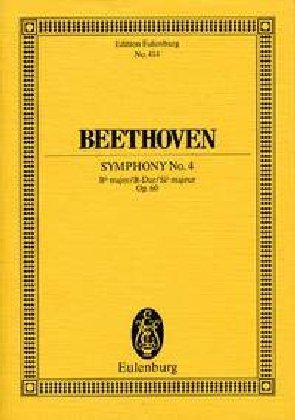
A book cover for SYMPHONY NO.4                OPUS 60   B FLAT MAJOR       STUDY SCORE (Edition Eulenburg); Humor & Entertainment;